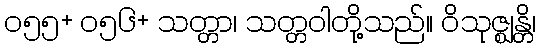
၀၅၅+ ၀၅၆+ သတ္တာ၊ သတ္တဝါတို့သည်။ ဝိသုဇ္ဈန္တိ၊